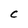
Character: C